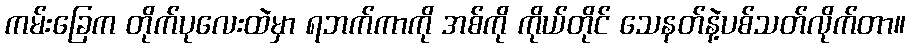
ကမ်းခြေက တိုက်ပုလေးထဲမှာ ရဘက်ကာကို အစ်ကို ကိုယ်တိုင် သေနတ်နဲ့ပစ်သတ်လိုက်တာ။